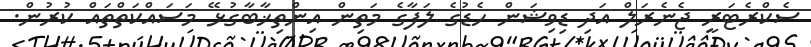
ސެކްރެޓަރީ ޖެނެރަލް އަދި ޑިވިޝަން ހެޑުގެ ލަފާގެ މަތިން އިންތިޚާބާގުޅޭ މަސައްކަތްތައް ކުރުން.